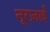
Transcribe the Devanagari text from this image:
नूरज़ाई